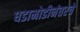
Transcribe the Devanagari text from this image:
घडामोडीनंतरचे